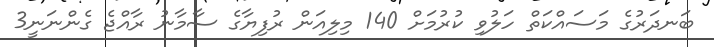
ބަނދަރުގެ މަސައްކަތް ހަލުވި ކުރުމަށް 140 މިލިއަން ރުފިޔާގެ ސާމާނު ރާއްޖެ ގެންނަނީ3